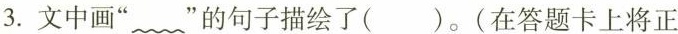
3.文中画”~”的句子描绘了( )。(在答题卡上将正